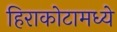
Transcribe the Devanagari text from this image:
हिराकोटामध्ये